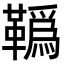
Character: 𩍇